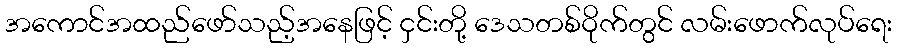
အကောင်အထည်ဖော်သည့်အနေဖြင့် ငှင်းတို့ ဒေသတစ်ဝိုက်တွင် လမ်းဖောက်လုပ်ရေး